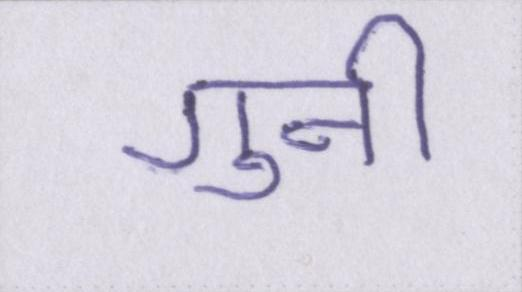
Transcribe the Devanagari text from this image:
गुनी